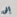
إلى